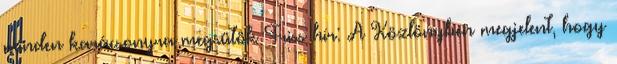
minden karácsonyra megsütök Friss hír: A Közlönyben megjelent, hogy